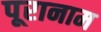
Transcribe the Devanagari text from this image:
पूरानाम